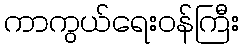
ကာကွယ်ရေးဝန်ကြီး